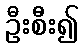
ဦးစီး၍